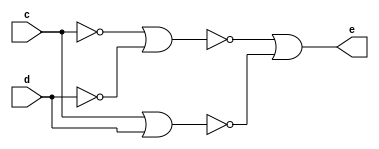
module nor_xnor(output e,input c,d);
wire m,n,s,t,p;
nor g1(m,c);
nor g2(n,d);
nor g3(s,m,n);
nor g4(t,c,d);
nor g5(p,s,t);
nor out(e,p);
endmodule